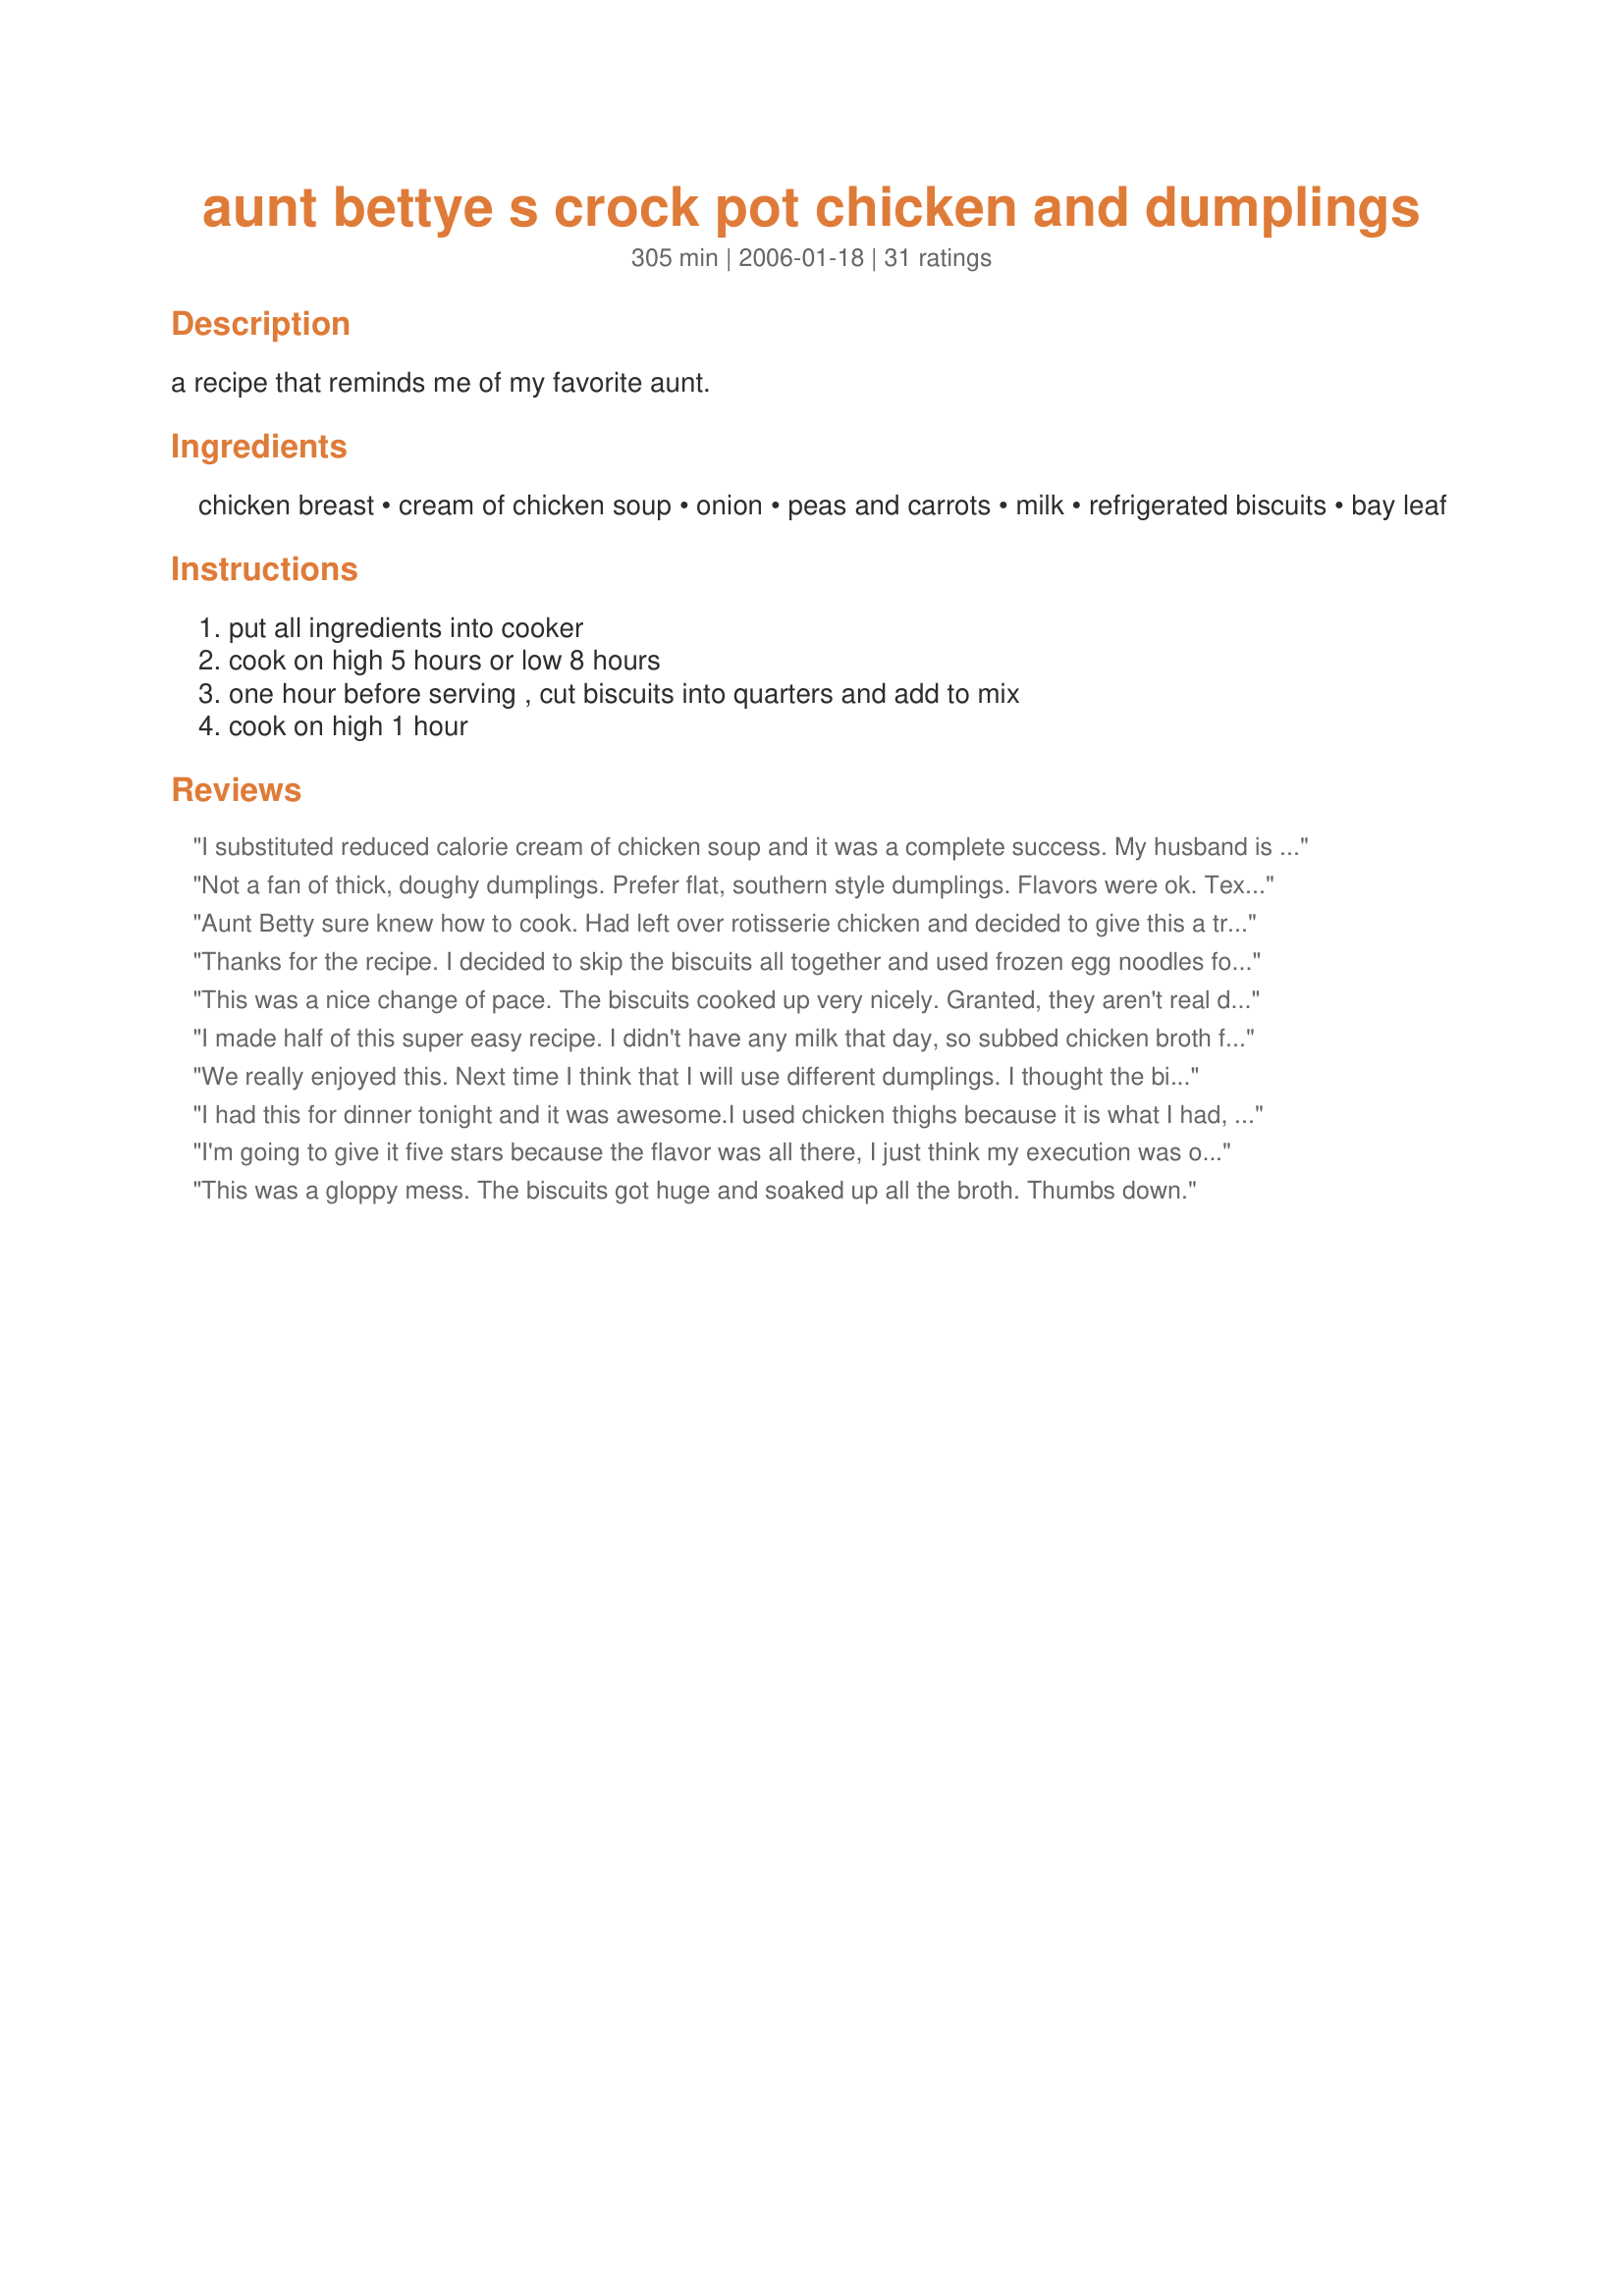
aunt bettye s crock pot chicken and dumplings
Preparation time: 305 minutes

a recipe that reminds me of my favorite aunt.

Ingredients:
chicken breast, cream of chicken soup, onion, peas and carrots, milk, refrigerated biscuits, bay leaf

Steps:
put all ingredients into cooker, cook on high 5 hours or low 8 hours, one hour before serving , cut biscuits into quarters and add to mix, cook on high 1 hour

Reviews:
I substituted reduced calorie cream of chicken soup and it was a complete success. My husband is bugging me to make it again.
Easy recipe!
Not a fan of thick, doughy dumplings. Prefer flat, southern style dumplings. Flavors were ok. Textures not for me. Followed recipe. If you like fluffy dumplings you might like this.
Aunt Betty sure knew how to cook. Had left over rotisserie chicken and decided to give this a try. I used my homemade chicken stock and left out the peas as didn&#039;t have any. Added some fresh chopped chives to the dumpling dough and LOVED the whole thing. It was just thick enough for us with that great comforting feel that comes with a dish like this. The dough for the dumplings couldn&#039;t be easier. Will be making this a lot this winter.
Thanks for the recipe. I decided to skip the biscuits all together and used frozen egg noodles for the last hour and they turned out just fine.
This was a nice change of pace. The biscuits cooked up very nicely. Granted, they aren't real dumplings- but you have a similar taste without the work. I added additional vegetables, corn, green pepper and green beans and some extra seasonings- celery seed and italian seasoning. My family really enjoyed it. Thanks.
I made half of this super easy recipe. I didn't have any milk that day, so subbed chicken broth for it. It still turned out creamy and tasted great. Dumplings always make me happy. LOL. This is a keeper. Thanks Pierce. Made and enjoyed for PAC Spring '09.
We really enjoyed this. Next time I think that I will use different dumplings. I thought the biscuits were too doughy. I think I will try the bisquick dumplings. I also added a little bit of poultry seasoning, gave it wonderful flavor. I will make again. Thanks.
I had this for dinner tonight and it was awesome.<br/>I used chicken thighs because it is what I had, used cream of chicken soup with a splash of milk. Placed the chicken in, covered with onions, carrots, celery and little pieces of potato.<br/><br/>I also did the dumplings but I used bisquick. I think the key is that you have to turn the crockpot onto HIGH when doing the dumplings. Your liquid should be boiling. The bottom half of mine cooked but the tops were still gooey so I just flipped them over and let them cook for another 10 minutes and they came out perfect.<br/><br/>The entire family loved it and it was super easy. Best of all, was just about finished when I came home from work. Love my crock!
I'm going to give it five stars because the flavor was all there, I just think my execution was off... I used a bag of frozen peas/carrots (I have something against canned peas... ick) and the 98% fat free/lower sodium soups. I also used frozen chicken tenderloins (maybe 6?) and just threw them in frozen. When I got home, my crockpot was boiling, so I flipped it off for an hour (it had been going 6 hours on low) and then flipped it back on when I added the biscuits. Two things were wrong when I did that: 1) it was steaming hot, so my biscuits didn't get a good immediate cooking and 2) I used the whole wheat biscuits. The biscuits were gooey, even after an hour of cooking, so we had to pop a bowl in the microwave for a minute to firm them up (don't recommend that, we just had a time schedule - it worked, they just aren't as tender as they are when you cook them in the crockpot). Like I said - the flavor was outstanding - my execution was not! Thanks for the recipe - I'm anxious to try it again!
This was a gloppy mess. The biscuits got huge and soaked up all the broth. Thumbs down.
Y-U-M-M-Y! Aunt Bettye knew what she was doing! I used cream of mushroom soup instead and made my own dumplings. It was a good comfort meal!
My house smelled so wonderful while this was cooking. I made this today so I can freeze some for dh while I am away in Canada. I used FF cream of chicken soup. NUMMY!!! I will keep this one :)
This was phenomenal! In fact, it was so good, that I've already made it twice this week! :) The only change I made was to use frozen chicken breasts. Just before I added the biscuits, I removed and chopped the chicken, then stirred it back into the crockpot. I cooked the meal on high for three hours, and then turned it down to low for three hours. After adding the biscuits, I turned it back up to high for an additional hour. My family couldn't get enough of this, and kept coming back for more! (I'm glad I doubled the recipe!) This was flavorful and filling, and the biscuits really did taste like dumplings! Great recipe, Pierce!
Made this tonight for dinner. It had a pretty good flavor but the dumplings never worked out for me. They stayed gooey even after two hours. I added 2 cloves of garlic minced, 1 Tbsp. dried parsley and fresh cracked pepper. I wish I could give this more stars cause I have wanted to try this forever but it just did not work for me. Thanks for posting.
I made this overnight and dropped in the biscuits this morning, and it is AMAZING! My husband loves it, I love it, 2 year old loves it, it's a hit! Will definitely save this and make again and again. Thanks for sharing!
Easy and the family loves it- Thanks!
Made this for supper tonight, using chicken thighs instead of breasts (wife &amp; I don&#039;t care for breast meat.) The sauce/gravy had a wonderful flavor &amp; the biscuit-dumplings were pretty tasty....however we both thought the chicken was WAY too dry. IDK if I&#039;ll make this again or not....think I&#039;ll just stick to the way I always made Chicken and Dumplings. THANKS for sharing, though.
great very good.. EVERYONE loved it.. will def make again!!
I made this tonight and it was delish. Even my three year-old who's been down with the flu gobbled it up. It was so nice to see her actually EAT something. I tweeked it here and there but stayed true to the oringinal recipe for the most part. YUMMY! Thanks for posting.
Oh my gosh, how can such a quick and easy crock pot recipe be so delicious. I was true to the recipe with the exception that I used a 15 ounce can of peas and carrots. I had 3 bone in, skin on chicken breasts. I added them to the pot frozen and removed them after about 3 hours to remove the skin and bone and chop the meat into bite-size pieces. Since it wasn't mentioned, I drained most of the liquid from my can of peas and carrots, which I feel was a good decision since crockpot cooking requires little liquid. This meal earned an all thumbs up around the table tonight. This will be a regular meal in our home. Thanks Pierce for sharing this awesome recipe. Oh, by the way, I dried, flaked chili peppers at the table for those of us (me!) who like to add a little heat to our meals. Awesome!
I thought this was quick and easy but I added poultry seasoning and salt and pepper for flavor and I turned crock pot on high before cooking biscuits. Next time I will make Bisquick dumplings. I also used thighs because we like dark meat. I added corn starch to thicken.
I made this tonight but made it on the stove top. This was really good and everyone enjoyed it. I had precooked chicken in the freezer so pulled, thawed and used that. I also used onion powder instead of a small onion. I also used a soup can of milk. We thought it was missing something so added a good bit of pepper and some salt. Will be makiing again.
This dish was excellent. I did make some changes like omitting the onion and adding curry powder and garlic. I also cooked the biscuits seperate to please my compulsive dunker:) It was awesome:) I just poured the soup over the top of my biscuits! Definately will make again:)
I used the "big"/flayer biscuits (only put in like 6) - and they were too big. I think it would be better with a flatter or normal biscuit.<br/><br/>I added a little salt, pepper and poultry seasoning to the sauce. Smelled delicious cooking. Taste was great - got mixed reviews.<br/><br/>I think that next time - I will cook it as the recipe calls for and then put it in a dish with a crust - I think it would make an incredible pot pie (maybe add some more veggies?).
I LOVE this recipe!!! First, I made it for 12 women, my Bunko group. I tripled the recipe, because I have a HUGE crock pot. No left-overs! Then I made it a week later for my husband and son, again, no left-overs!!! Thank you for sharing this recipe!!!
I didn't love this dish. I'm a huge fan of chicken and dumplings but this tasted more like one of those boxed meal kits with biscuits and chicken. It had good flavor but once I turned the crock pot to high and dropped the dough in, it took 2 and a half HOURS before they were done. I love the simplicity of throwing it in the crock pot but I don't think this was the recipe for me. Thanks for sharing anyways.
I finally made Chicken and Dumplings that had everyone going back for seconds and thirds! Since I like to cook on low in a crock pot and only had about 6 1/2 hours, I browned the chicken in a little oil and I also sauteed the onions. I shredded the chicken in chunks instead of cubing. This recipe is so easy and delicious! Can't wait to try Aunt Bettye's Macaroni & Cheese! Thanks Pierce!!
I had similar problems with the dumpling part of the dish so I baked dough separately then put it on top and continued to heat.
Terrific "base" recipe... I tweaked it since I read a few reviews and knew what I could add to make it just right for my family.<br/><br/>So... a couple people said it should be a little more soupy... I added one can Roasted Chicken Broth to make it a little more soupy (next time, I'll thicken it just a little with cornstarch... but the flavor was fabulous). <br/><br/>I pre-freeze chicken in dinner portions... the smallest I had was one pound, 4 ounces... that's what I used. I threw the boneless/skinless breasts in whole, then removed them and shredded them before putting the biscuit topping on.<br/><br/>In addition to the peas/carrots, I added 2 cloves of minced garlic, 3 medium carrots, 1/2 zucchini, and 2 potatoes diced small (DH said he would like more potatoes next time).<br/><br/>For extra flavor, I did use the optional bay leaf. In addition, I added a fresh sprig of rosemary and 1/4 cup of flat leaf parsley diced small, and a generous 1/2 tsp. dry parsley, and a generous sprinkling of cracked pepper over the whole surface.<br/><br/>For the biscuits, I used the recipe http://www.food.com/recipe/bisquick-clone-12648<br/><br/>My husband raved about how good it was and kept eating it just because it was so good. The kids all liked it (but my 2 year old wouldn't put even a bite in his mouth).<br/><br/>Thanks a bunch... looking forward to making this again.
Fabulous recipe! My DH and teenage son loved it and requested I make it more often! Wonderful easy comfort food.
Awesome! Used chicken thighs and frozen peas and carrots. I thawed the veggies first though. Biscuits cooked perfectly for me, after I read some of the reviews I was nervous about that. Seasoned it up with pepper, onion and garlic powder. Turned out wonderful!
